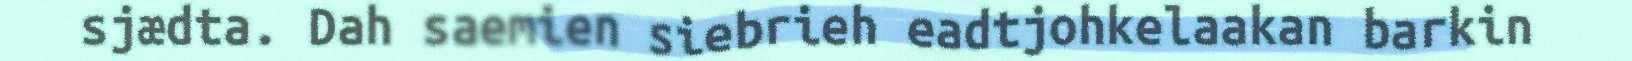
sjædta. Dah saemien siebrieh eadtjohkelaakan barkin